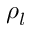
\rho _ { l }